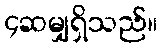
၄ဆမျှရှိသည်။